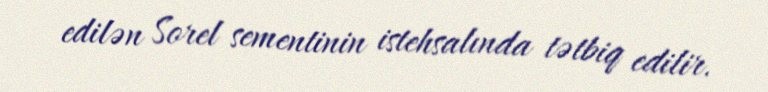
edilən Sorel sementinin istehsalında tətbiq edilir.